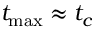
t _ { \mathrm { m a x } } \approx t _ { c }